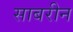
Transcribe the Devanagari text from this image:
साबरीन